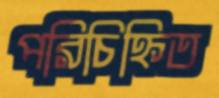
পরিচিহ্নিত